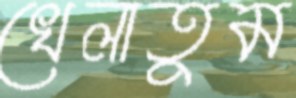
খেলাতুম